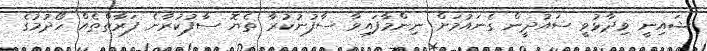
ޝައިނީ ވިދާޅުވީ ސައުދީން ގެނައުމަށް ނިންމާފައިވާ ސާފުނުކުރާ ތެޔޮ ސާފުކުރާނެ ފަރާތްތެއް ހޯދުމުގެ